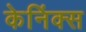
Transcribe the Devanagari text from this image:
केनिंक्स